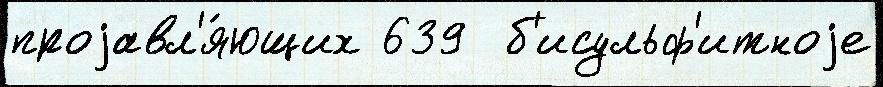
проjавл'я́ющих 639  б'исульф'итноjе